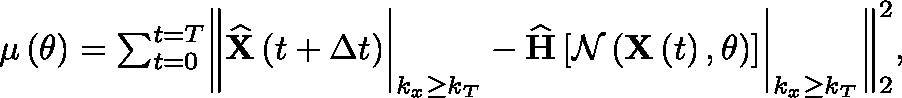
\begin{array} { r } { \mathbf { \mu } \left( \theta \right) = \sum _ { t = 0 } ^ { t = T } \biggr \| \widehat { \mathbf { X } } \left( t + \Delta t \right) \biggr \rvert _ { { k _ { x } \geq k _ { T } } } - \widehat { \mathbf { H } } \left[ \mathcal { N } \left( \mathbf { X } \left( t \right) , \theta \right) \right] \biggr \rvert _ { { k _ { x } \geq k _ { T } } } \biggr \| _ { 2 } ^ { 2 } , } \end{array}